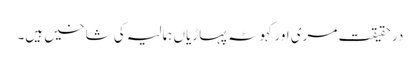
درحقیقت مری اور کہوٹہ پہاڑیاں ہمالیہ کی شاخیں ہیں۔